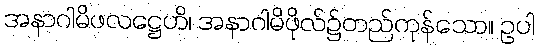
အနာဂါမိဖလဋ္ဌေဟိ၊ အနာဂါမိဖိုလ်၌တည်ကုန်သော။ ဥပါ